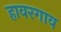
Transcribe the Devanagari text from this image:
हावरगाव